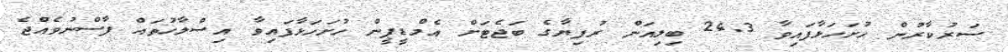
ސަރުކާރުން ހުށަހަޅާފައިވާ 24.3 ބިލިއަން ރުފިޔާގެ ބަޖެޓަށް އެމްޑީޕީން ހުށަހަޅާފައިވާ އިސްލާހުތައް ފާސްނުވެއްޖެ